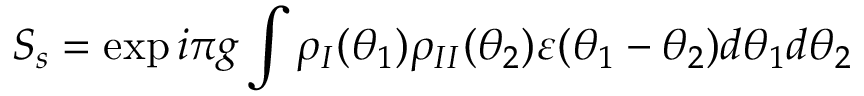
S _ { s } = \exp i \pi g \int \rho _ { I } ( \theta _ { 1 } ) \rho _ { I I } ( \theta _ { 2 } ) \varepsilon ( \theta _ { 1 } - \theta _ { 2 } ) d \theta _ { 1 } d \theta _ { 2 }